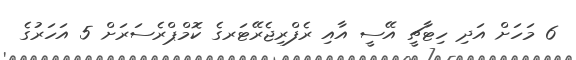
6 މަހަށް އަދި ހިޓާޗީ އޭސީ އާއި ރެފްރިޖެރޭޓަރގެ ކޮމްޕްރެސަރަށް 5 އަހަރުގެ